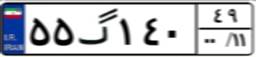
۶۹گ۳۱۴۲۴